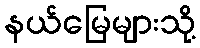
နယ်မြေများသို့